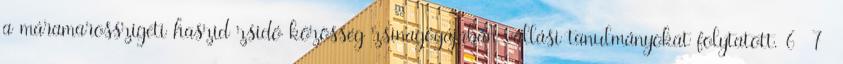
a máramarosszigeti haszid zsidó közösség zsinagógájában vallási tanulmányokat folytatott. 6 7